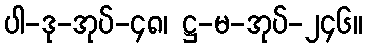
ပါ-ဒု-အုပ်-၄၈၊ ဋ္ဌ-မ-အုပ်-၂၄၆။